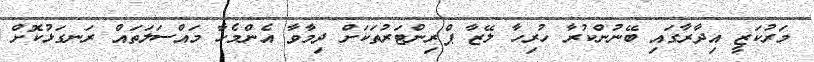
މަރުކަޒީ އިދާރާގައި ބޭނުންކުރާ ހުރިހާ ލޭޒާ ޕްރިންޓަރުތަކަށް ދިމާވާ އެންމެހާ މައްސަލަތައް ރަނގަޅުކޮށް